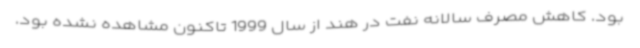
بود. کاهش مصرف سالانه نفت در هند از سال 1999 تاکنون مشاهده نشده بود.